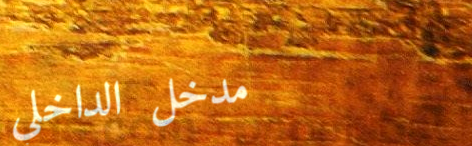
مدخل الداخلي